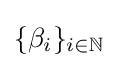
\lbrace \beta _{i}\rbrace _{i\in \mathbb {N} }